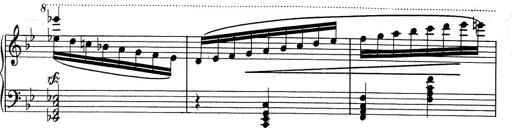
Title: RÃ©miniscences de Don Juan
Composer: Franz Liszt